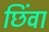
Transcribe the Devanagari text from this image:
छिंवा